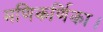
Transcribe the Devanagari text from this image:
मणिकर्णिका।